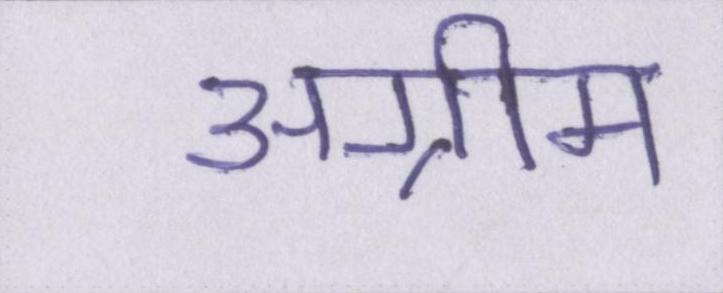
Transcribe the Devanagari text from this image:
अग्रीम